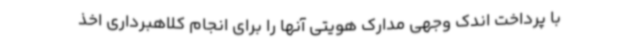
با پرداخت اندک وجهی مدارک هویتی آنها را برای انجام کلاهبرداری اخذ